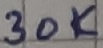
Text: 30K